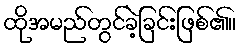
ထိုအမည်တွင်ခဲ့ခြင်းဖြစ်၏။